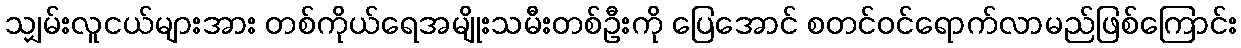
သျှမ်းလူငယ်များအား တစ်ကိုယ်ရေအမျိုးသမီးတစ်ဦးကို ပြေအောင် စတင်ဝင်ရောက်လာမည်ဖြစ်ကြောင်း